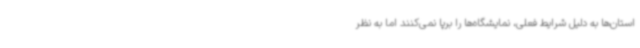
استان‌ها به دلیل شرایط فعلی، نمایشگاه‌ها را برپا نمی‌کنند اما به نظر